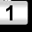
Digit: 1